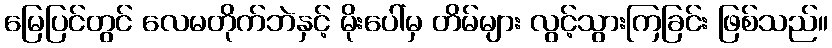
မြေပြင်တွင် လေမတိုက်ဘဲနှင့် မိုးပေါ်မှ တိမ်များ လွင့်သွားကြခြင်း ဖြစ်သည်။